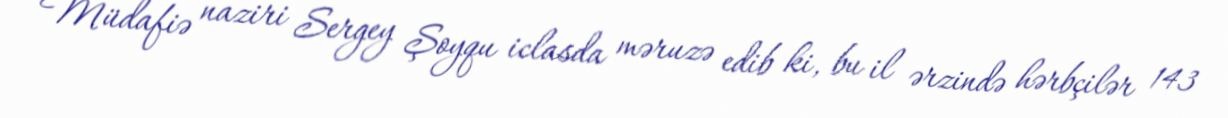
Müdafiə naziri Sergey Şoyqu iclasda məruzə edib ki, bu il ərzində hərbçilər 143